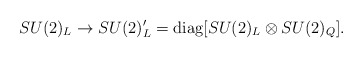
\begin{align*}SU(2)_L\rightarrow SU(2)_L^\prime={\rm diag}[SU(2)_L\otimes SU(2)_Q].\end{align*}